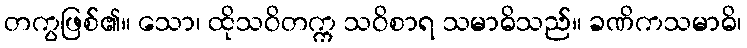
တကွဖြစ်၏။ သော၊ ထိုသဝိတက္က သဝိစာရ သမာဓိသည်။ ခဏိကသမာဓိ၊